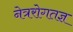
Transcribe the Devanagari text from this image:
नेत्ररोगतज्ञ